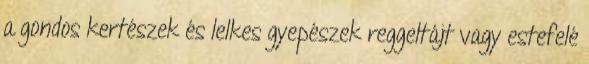
a gondos kertészek és lelkes gyepészek reggeltájt vagy estefelé